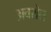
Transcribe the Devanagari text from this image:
अवरोल